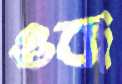
ওবা